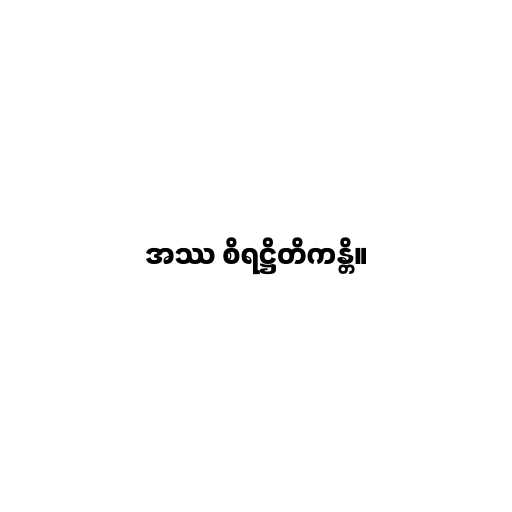
အဿ စိရဋ္ဌိတိကန္တိ။